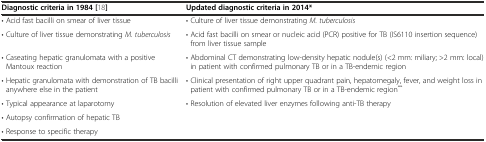
<table><thead><tr><td><b>Diagnostic criteria in 1984 [18]</b></td><td><b>Updated diagnostic criteria in 2014*</b></td></tr></thead><tbody><tr><td>• Acid fast bacilli on smear of liver tissue</td><td>• Culture of liver tissue demonstrating <i>M. tuberculosis</i></td></tr><tr><td>• Culture of liver tissue demonstrating <i>M. tuberculosis</i></td><td>• Acid fast bacilli on smear or nucleic acid (PCR) positive for TB (IS6110 insertion sequence) from liver tissue sample</td></tr><tr><td>• Caseating hepatic granulomata with a positive Mantoux reaction</td><td>• Abdominal CT demonstrating low-density hepatic nodule(s) (&lt;2 mm: miliary; &gt;2 mm: local) in patient with confirmed pulmonary TB or in a TB-endemic region</td></tr><tr><td>• Hepatic granulomata with demonstration of TB bacilli anywhere else in the patient</td><td>• Clinical presentation of right upper quadrant pain, hepatomegaly, fever, and weight loss in patient with confirmed pulmonary TB or in a TB-endemic region<sup>**</sup></td></tr><tr><td>• Typical appearance at laparotomy</td><td rowspan="3">• Resolution of elevated liver enzymes following anti-TB therapy</td></tr><tr><td>• Autopsy confirmation of hepatic TB</td></tr><tr><td>• Response to specific therapy</td></tr></tbody></table>